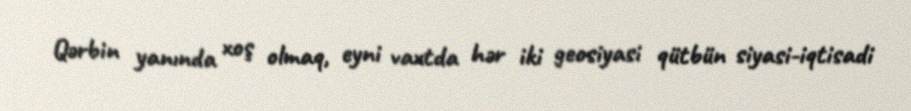
Qərbin yanında xoş olmaq, eyni vaxtda hər iki geosiyasi qütbün siyasi-iqtisadi